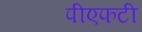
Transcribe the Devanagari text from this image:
पीएफटी